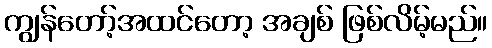
ကျွန်တော့်အထင်တော့ အချစ် ဖြစ်လိမ့်မည်။